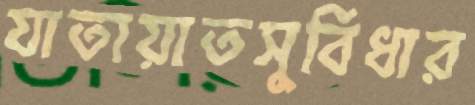
যাতায়াতসুবিধার